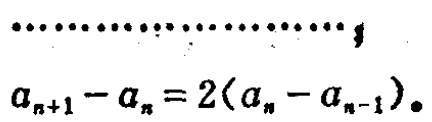
\[\begin{align}
a_{n + 1} - a_{n} = 2(a_{n} - a_{n - 1})
\end{align}\]